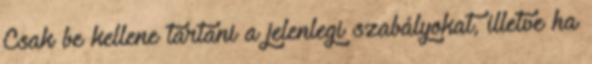
Csak be kellene tartani a jelenlegi szabályokat, illetve ha